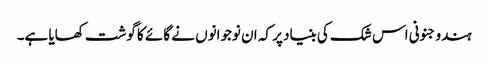
ہندو جنونی اس شک کی بنیاد پر کہ ان نوجوانوں نے گائے کا گوشت کھایا ہے۔